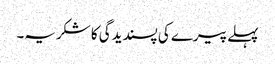
پہلے پیرے کی پسندیدگی کا شکریہ۔